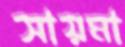
সায়মা